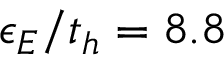
\epsilon _ { E } / t _ { h } = 8 . 8